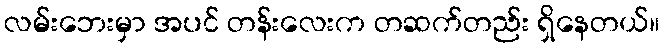
လမ်းဘေးမှာ အပင် တန်းလေးက တဆက်တည်း ရှိနေတယ်။